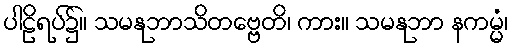
ပါဠိရပ်၌။ သမနုဘာသိတဗ္ဗေတိ၊ ကား။ သမနုဘာ နကမ္မံ၊